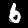
Digit: 6